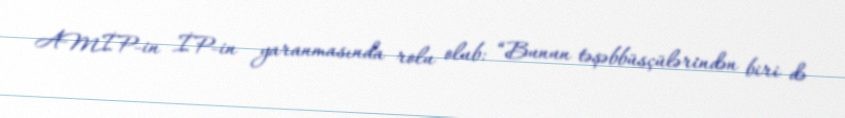
AMİP-in İP-in yaranmasında rolu olub: “Bunun təşəbbüsçülərindən biri də